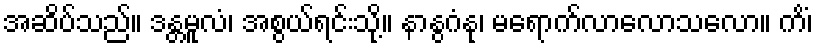
အဆိပ်သည်။ ဒန္တမူလံ၊ အစွယ်ရင်းသို့။ နာနွဂံနု၊ မရောက်လာလောသလော။ ကိံ၊